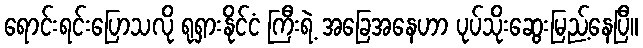
ရောင်းရင်းပြောသလို ရုရှားနိုင်ငံ ကြီးရဲ့ အခြေအနေဟာ ပုပ်သိုးဆွေးမြည့်နေပြီ။